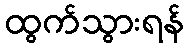
ထွက်သွားရန်